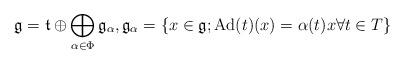
LaTeX: \begin{align*}\mathfrak{g} = \mathfrak{t} \oplus \bigoplus_{\alpha \in \Phi} \mathfrak{g}_{\alpha},\mathfrak{g}_{\alpha} = \{x\in \mathfrak{g} ; \mathrm{Ad}(t)(x) = \alpha(t)x \forall t\in T \}\end{align*}